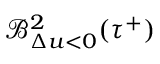
\mathcal { B } _ { \Delta u < 0 } ^ { 2 } ( \tau ^ { + } )